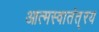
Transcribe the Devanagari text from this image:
आत्मस्वातंत््रय